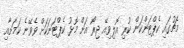
މެޗުގައި ކެޕްޓަންކަން ކުރި އޮލިވިއޭ ޖިރޯ އަށް މޮޅު ކެޕްޓަނަކަށް ވެވޭނެ ކަމަށާއި